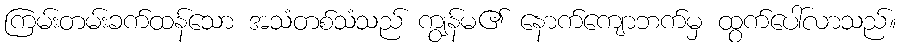
ကြမ်းတမ်းခက်ထန်သော အသံတစ်သံသည် ကျွန်မ၏ နောက်ကျောဘက်မှ ထွက်ပေါ်လာသည်။